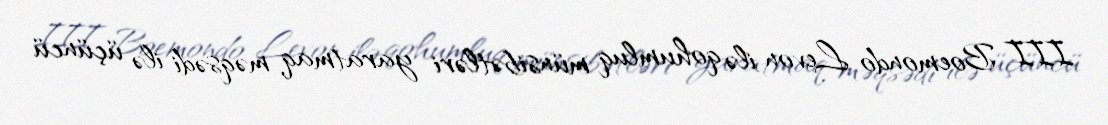
III Boemondo Levon ilə qohumluq münsibətləri yaratmaq məqsədi ilə üçüncü